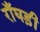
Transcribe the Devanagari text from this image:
राँघड़ी